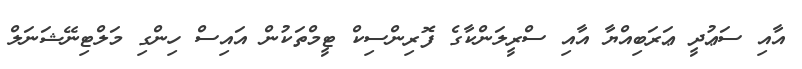
އާއި ސަޢުދީ ޢަރަބިއްޔާ އާއި ސްރީލަންކާގެ ފޮރިންސިކް ޓީމްތަކުން އައިސް ހިންގި މަލްޓިނޭޝަނަލް